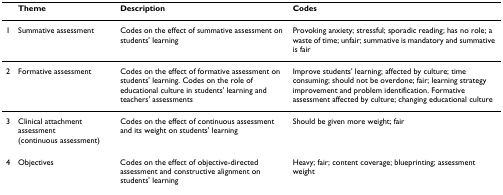
<table><thead><tr><td></td><td><b>Theme</b></td><td><b>Description</b></td><td><b>Codes</b></td></tr></thead><tbody><tr><td>1</td><td>Summative assessment</td><td>Codes on the effect of summative assessment on students&#x27; learning</td><td>Provoking anxiety; stressful; sporadic reading; has no role; a waste of time; unfair; summative is mandatory and summative is fair</td></tr><tr><td>2</td><td>Formative assessment</td><td>Codes on the effect of formative assessment on students&#x27; learning. Codes on the role of educational culture in students&#x27; learning and teachers&#x27; assessments</td><td>Improve students&#x27; learning; affected by culture; time consuming; should not be overdone; fair; learning strategy improvement and problem identification. Formative assessment affected by culture; changing educational culture</td></tr><tr><td>3</td><td>Clinical attachment assessment (continuous assessment)</td><td>Codes on the effect of continuous assessment and its weight on students&#x27; learning</td><td>Should be given more weight; fair</td></tr><tr><td>4</td><td>Objectives</td><td>Codes on the effect of objective-directed assessment and constructive alignment on students&#x27; learning</td><td>Heavy; fair; content coverage; blueprinting; assessment weight</td></tr></tbody></table>